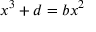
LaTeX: \ x ^ { 3 } + d = b x ^ { 2 }